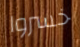
خسروا